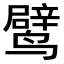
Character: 𬸯